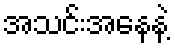
အသင်းအနေနဲ့